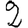
Digit: 2